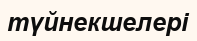
түйнекшелері